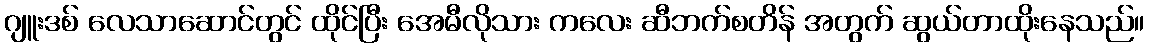
ဂျူးဒစ် လေသာဆောင်တွင် ထိုင်ပြီး အေမီလိုသား ကလေး ဆီဘက်စတိန် အတွက် ဆွယ်တာထိုးနေသည်။